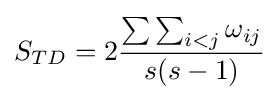
S_{TD}=2{\frac {\sum \sum _{i<j}\omega _{ij}}{s(s-1)}}